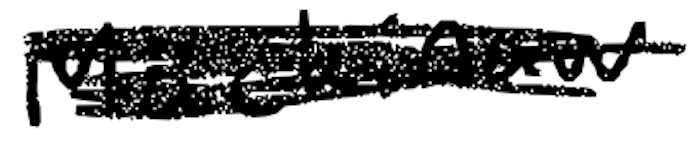
Text: Mackinaw
Cross-out: scratch
Writing tool: digital_black